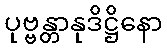
ပုဗ္ဗန္တာနုဒိဋ္ဌိနော